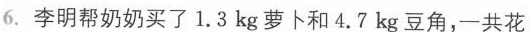
6.李明帮奶奶买了1.3kg萝卜和4.7kg豆角，一共花